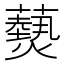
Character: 𮒫